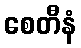
စေတီနံ